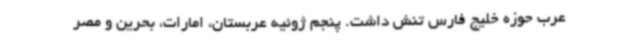
عرب حوزه خلیج فارس تنش داشت. پنجم ژوئیه عربستان، امارات، بحرین و مصر